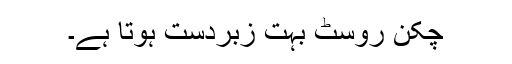
چکن روسٹ بہت زبردست ہوتا ہے۔